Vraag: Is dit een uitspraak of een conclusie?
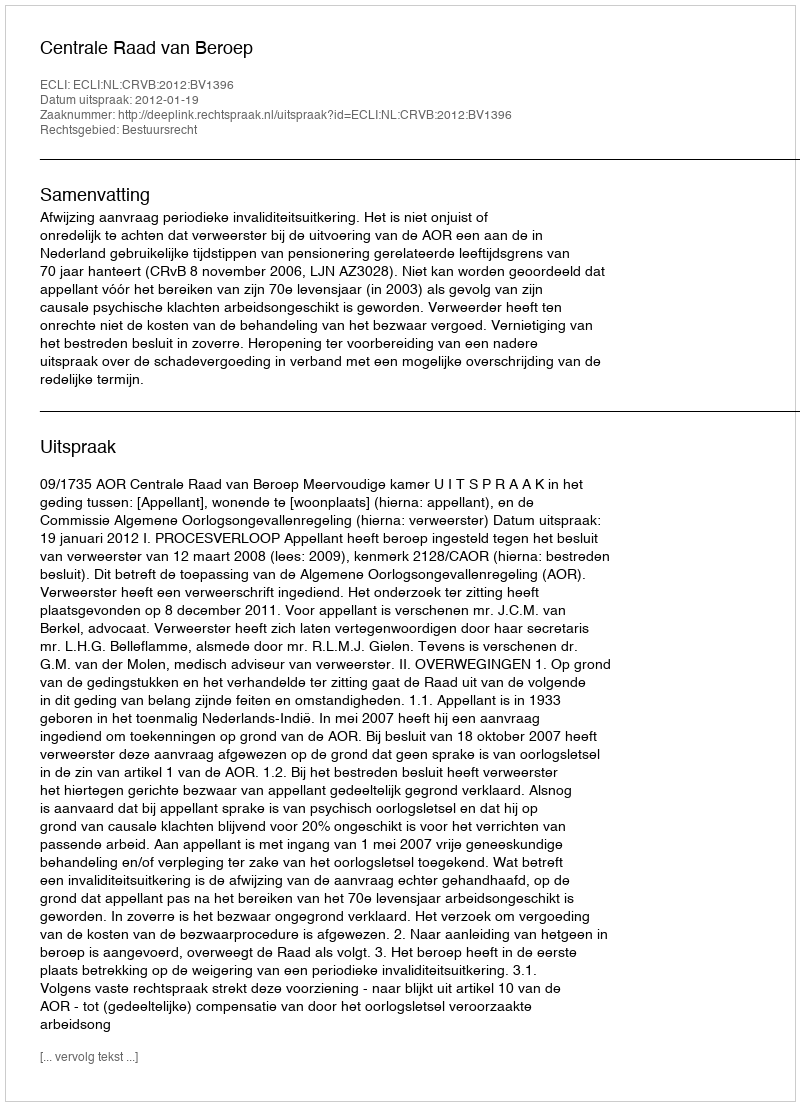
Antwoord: Uitspraak